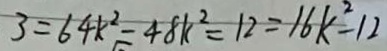
3 = 6 4 k ^ { 2 } - 4 8 k ^ { 2 } = 1 2 = 1 6 k ^ { 2 } - 1 2